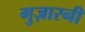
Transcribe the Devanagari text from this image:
गुज़ारनी